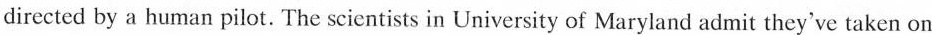
directed by a human pilot. The scientists in University of Maryland admit they've taken on